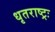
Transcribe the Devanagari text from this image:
धृतराष्ट्रः